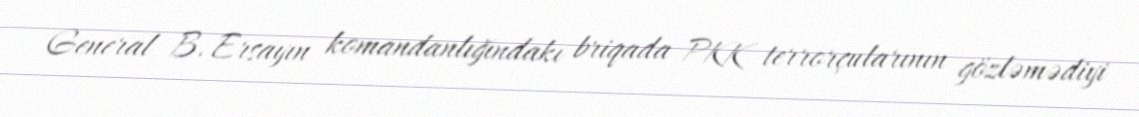
General B. Ersayın komandanlığındakı briqada PKK terrorçularının gözləmədiyi